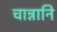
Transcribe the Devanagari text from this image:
चान्नानि